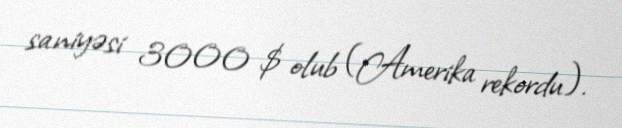
saniyəsi 3000 $ olub (Amerika rekordu).